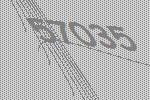
57035